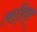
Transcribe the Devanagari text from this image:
लॉड्स